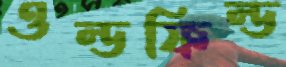
ওল্ডফিল্ড